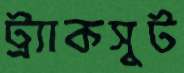
ট্র্যাকসুট